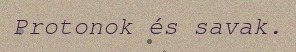
Protonok és savak.